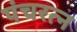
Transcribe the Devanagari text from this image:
पंचरत्‍न